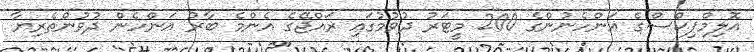
އޮލިމްޕިކްސްގެ އަންހެނުންގެ 200 މީޓަރު ދުވުމުގައި ރައްޖޭގެ އެންމެ ބާރު އަންހެން ދުވުންތެރިޔާ